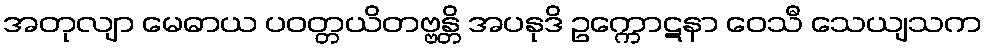
အတုလျာ မေဓာယ ပဝတ္တယိတဗ္ဗန္တိ အပနုဒိ ဥက္ကောဋနာ ဝေသီ သေယျသက